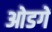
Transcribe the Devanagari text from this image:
ओडगें